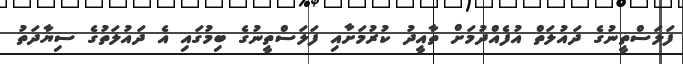
ފަލަސްތީނުގެ ދައުލަތް އުފެއްދުމަށް ތާއީދު ކުރުމަށާއި ފަލަސްތީނުގެ ބިމުގައި އެ ދައުލަތުގެ ސިޔާދަތު